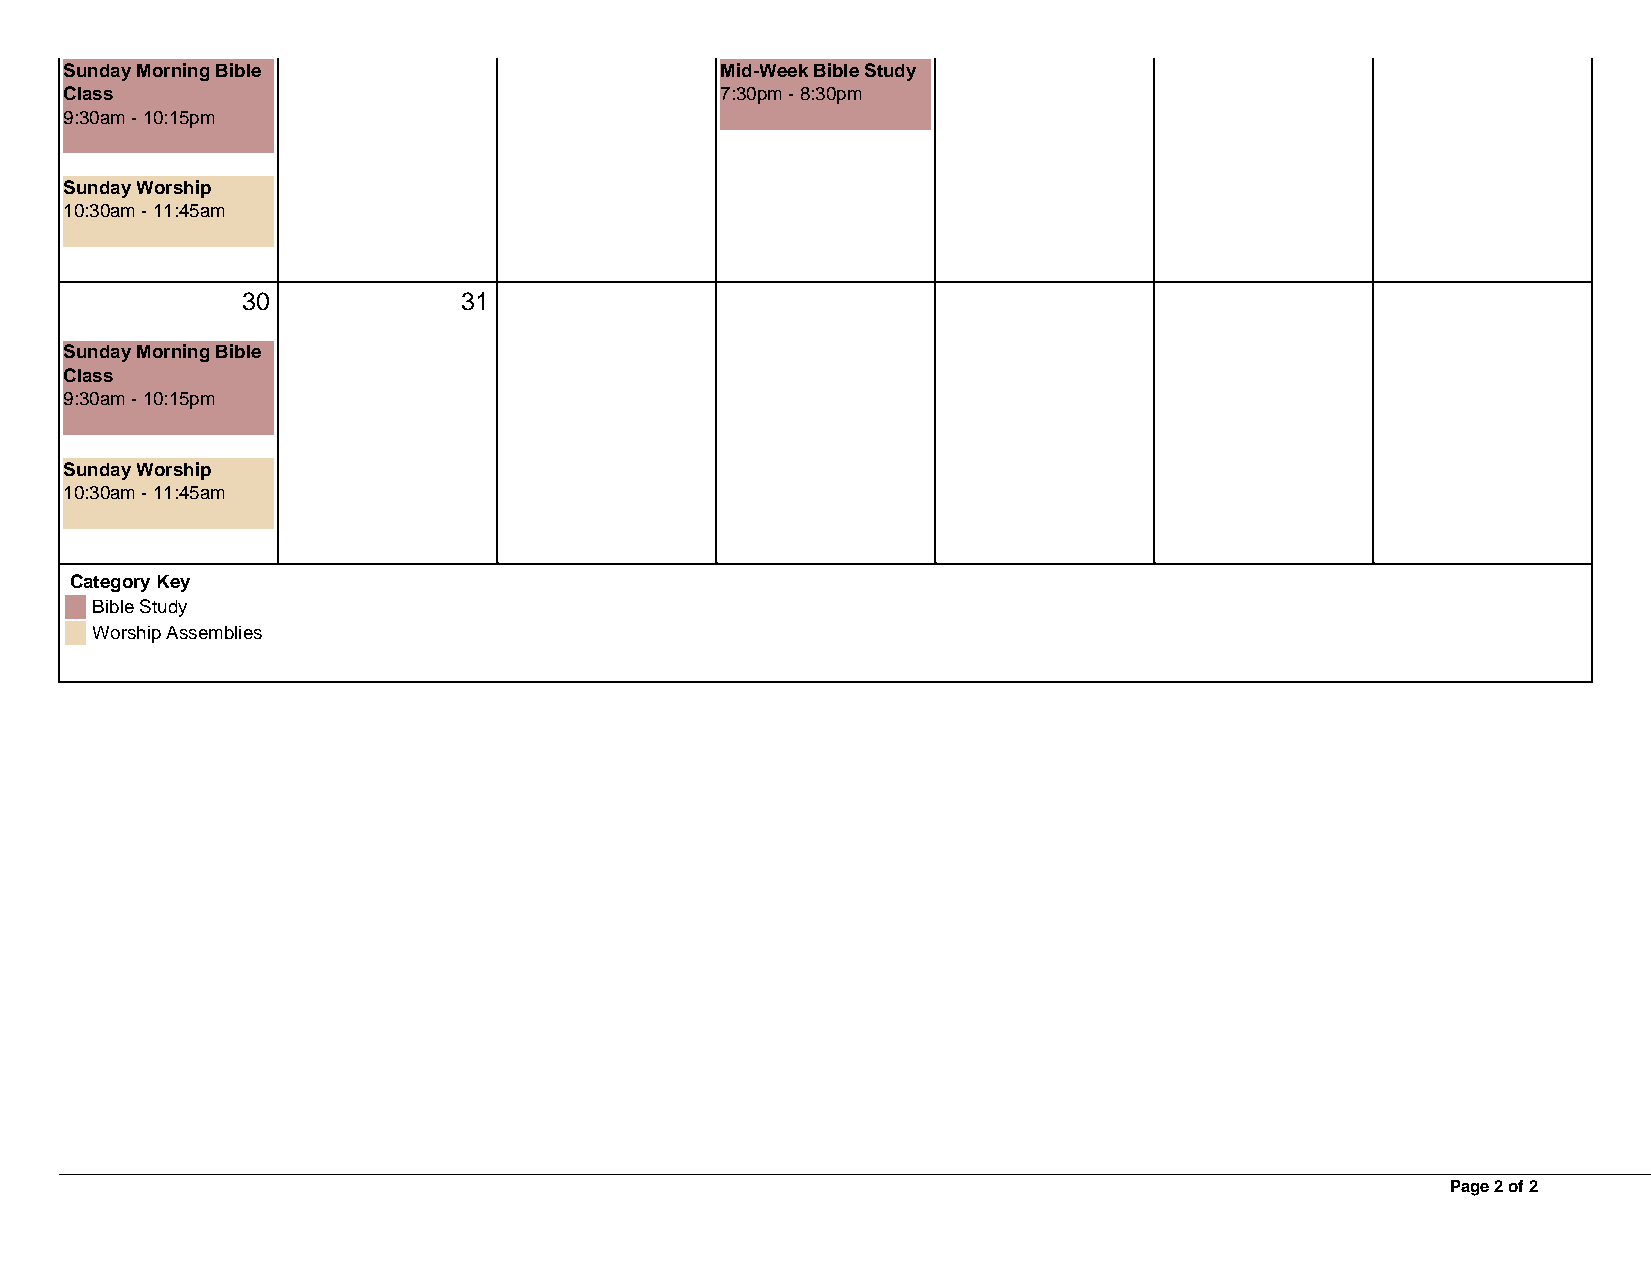
Sunday Morning Bible                        Mid-Week Bible Study
 Class                                       7:30pm - 8:30pm
 9:30am - 10:15pm
 Sunday Worship
 10:30am - 11:45am
 30             31
 Sunday Morning Bible
 Class
 9:30am - 10:15pm
 Sunday Worship
 10:30am - 11:45am
 Category Key
 Bible Study
 Worship Assemblies
 Page 2 of 2
 Powered by TCPDF (www.tcpdf.org)